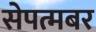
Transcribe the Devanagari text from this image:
सेपत्मबर